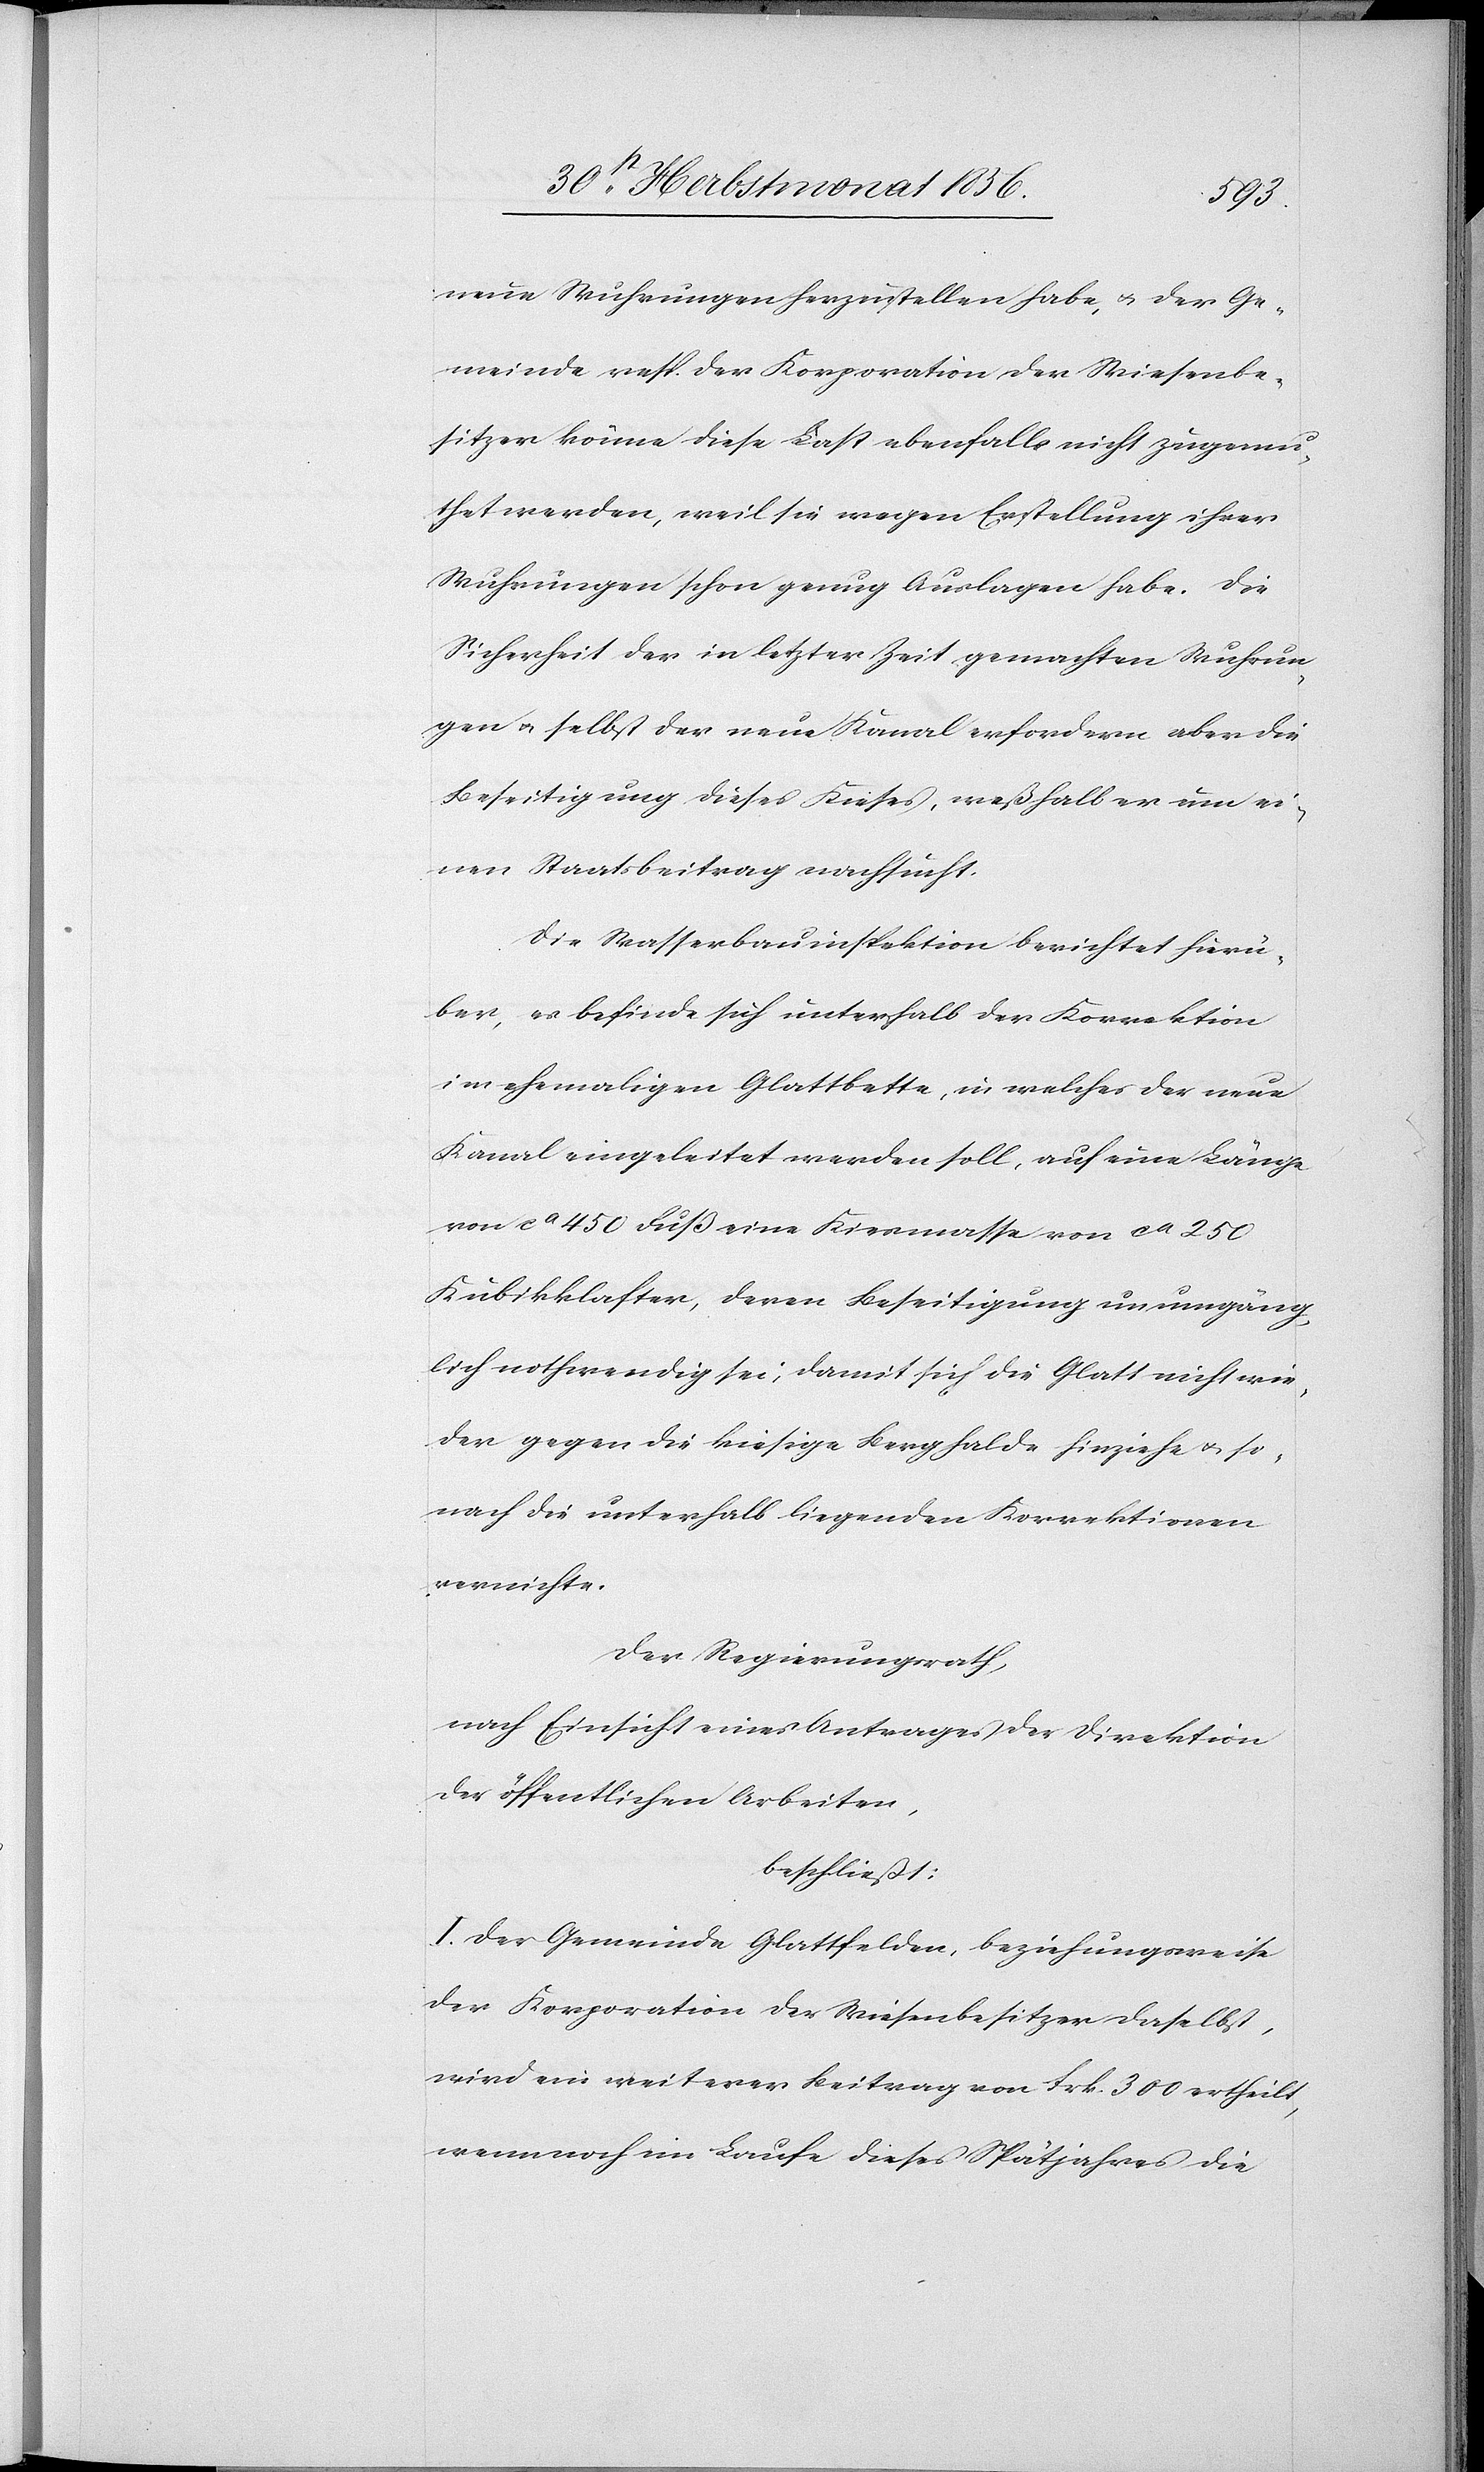
neue Wuhrungen herzustellen habe, u. der Ge¬
meinde resp. der Korporation der Wiesenbe¬
sitzer könne diese Last ebenfalls nicht zugemu¬
thet werden, weil sie wegen Erstellung ihrer
Wuhrungen schon genug Auslagen habe. Die
Sicherheit der in letzter Zeit gemachten Wuhrun¬
gen u. selbst der neue Kanal erfordern aber die
Beseitigung dieses Kieses, weßhalb er um ei¬
nen Staatsbeitrag nachsucht.
Die Wasserbauinspektion berichtet hierü¬
ber, es befinde sich unterhalb der Korrektion
im ehemaligen Glattbette, in welches der neue
Kanal eingeleitet werden soll, auf eine Länge
von ca 450 Fuß eine Kiesmasse von ca 250
Kubikklafter, deren Beseitigung unumgäng¬
lich nothwendig sei, damit sich die Glatt nicht wie¬
der gegen die kiesige Berghalde hinziehe u. so¬
nach die unterhalb liegenden Korrektionen
vernichte.
Der Regierungsrath,
nach Einsicht eines Antrages der Direktion
der öffentlichen Arbeiten,
beschließt:
I.) Der Gemeinde Glattfelden, beziehungsweise
der Korporation der Wiesenbesitzer daselbst,
wird ein weiterer Beitrag von Frk. 300 ertheilt,
wenn noch im Laufe dieses Spätjahres die